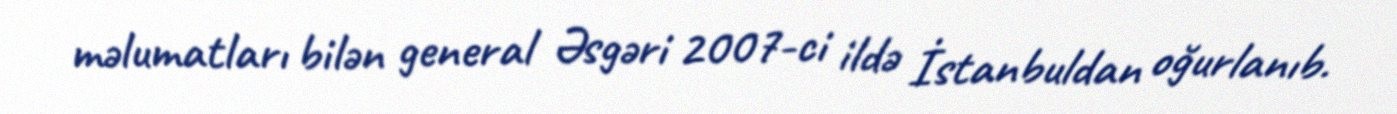
məlumatları bilən general Əsgəri 2007-ci ildə İstanbuldan oğurlanıb.